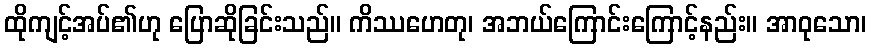
ထိုကျင့်အပ်၏ဟု ပြောဆိုခြင်းသည်။ ကိဿဟေတု၊ အဘယ်ကြောင်းကြောင့်နည်း။ အာဝုသော၊